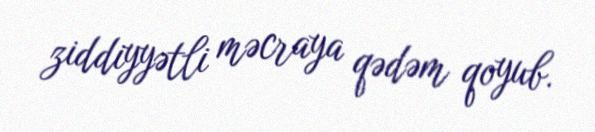
ziddiyyətli məcraya qədəm qoyub.